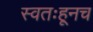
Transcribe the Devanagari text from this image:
स्वतःहूनच